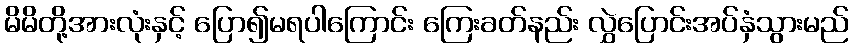
မိမိတို့အားလုံးနှင့် ပြော၍မရပါကြောင်း ကြေးခတ်နည်း လွှဲပြောင်းအပ်နှံသွားမည်